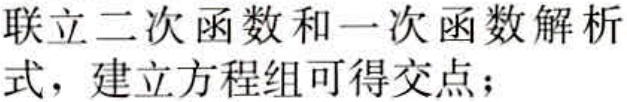
联立二次函数和一次函数解析式，建立方程组可得交点；